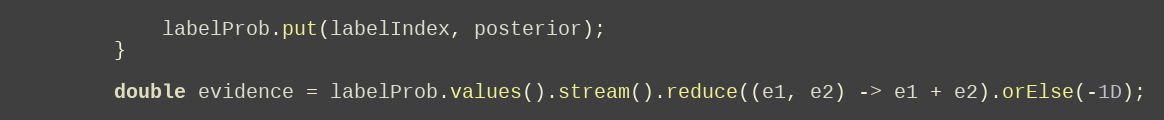
Language: Java
            labelProb.put(labelIndex, posterior);
        }

        double evidence = labelProb.values().stream().reduce((e1, e2) -> e1 + e2).orElse(-1D);